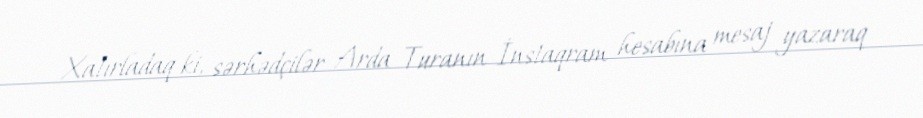
Xatırladaq ki, sərhədçilər Arda Turanın İnstaqram hesabına mesaj yazaraq